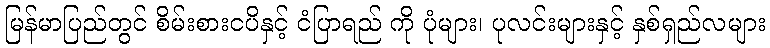
မြန်မာပြည်တွင် စိမ်းစားငပိနှင့် ငံပြာရည် ကို ပုံများ၊ ပုလင်းများနှင့် နှစ်ရှည်လများ